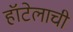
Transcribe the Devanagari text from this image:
हॉटेलाची